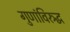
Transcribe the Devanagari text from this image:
गुणांविरुद्ध